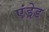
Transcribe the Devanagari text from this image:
एंड्रेड